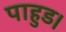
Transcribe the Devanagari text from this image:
पाहुड।